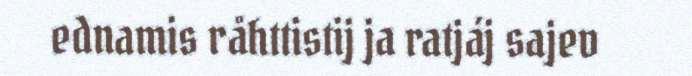
ednamis råhttistij ja ratjáj sajev